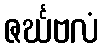
ဇင်္ဃဗလံ